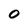
Character: 0